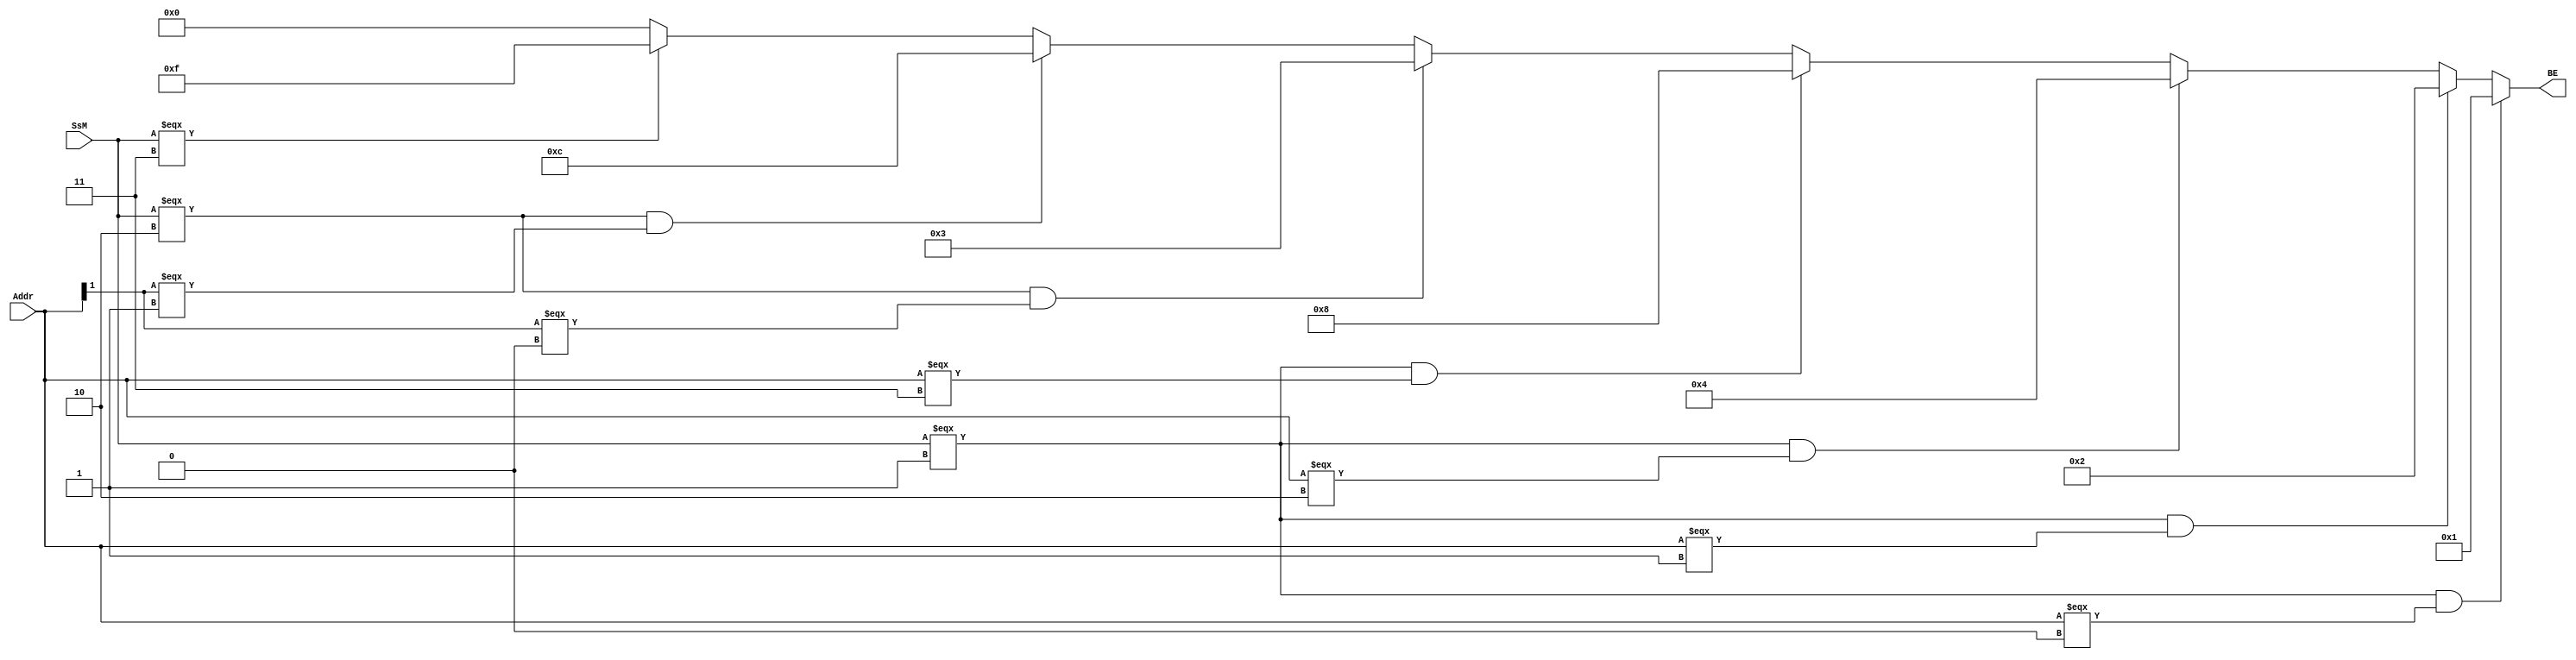
`timescale 1ns / 1ps
//////////////////////////////////////////////////////////////////////////////////
// Company: 
// Engineer: 
// 
// Design Name: 
// Module Name:    dmbe 
// Project Name: 
// Target Devices: 
// Tool versions: 
// Description: 
//
// Dependencies: 
//
// Revision: 
// Revision 0.01 - File Created
// Additional Comments: 
//
//////////////////////////////////////////////////////////////////////////////////
module DM_BE(
    input [1:0]Addr,
    input [1:0]SsM,
    output [3:0]BE
    );
	assign BE = //sb
					(SsM === 1 && Addr === 0) ?  4'b0001 :
					(SsM === 1 && Addr === 1) ?  4'b0010 :
					(SsM === 1 && Addr === 2) ?  4'b0100 :
					(SsM === 1 && Addr === 3) ?  4'b1000 : 
					//
					(SsM === 2 && Addr[1] === 0) ? 4'b0011 :
					(SsM === 2 && Addr[1] === 1) ? 4'b1100 :
					//sw
					(SsM === 3) ? 4'b1111 :
					4'b0000;

endmodule